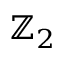
\mathbb { Z } _ { 2 }